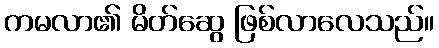
ကမလာ၏ မိတ်ဆွေ ဖြစ်လာလေသည်။